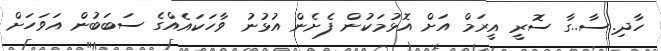
ހާދި..ސާ..ގާ ސޮރީ އީރަމް އަށް އޮޅުމަކުން ފެށެން އުޅުނު ވާހަކައެއްގެ ސަބަބުން އަވަހަށް